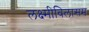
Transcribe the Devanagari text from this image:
लक्ष्मीविलासम